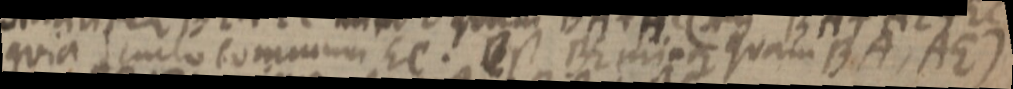
quia c_lo commune EC. _ BE est major quam BA, AE)